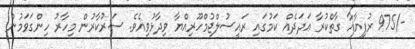
-/975 ރުފިޔާއާ ގާތްކުރާ ޢަދަދެއް ކަމުގައި ރައީސުލްޖުމްހޫރިއްޔާ ވިދާޅުވިއެވެ. ސަރުކާރުން މިހާރު ހިންގަވަމުން